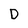
Character: D